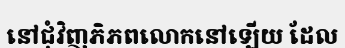
នៅជុំវិញភិភពលោកនៅឡើយ ដែល